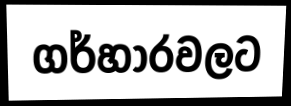
ගර්හාරවලට